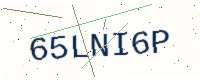
Text: 65LNI6P